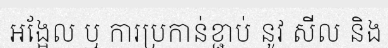
អង្អែល ឬ ការប្រកាន់ខ្ជាប់ នូវ សីល និង